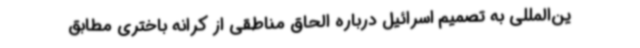
ین‌المللی به تصمیم اسرائیل درباره الحاق مناطقی از کرانه باختری مطابق